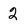
Character: 2